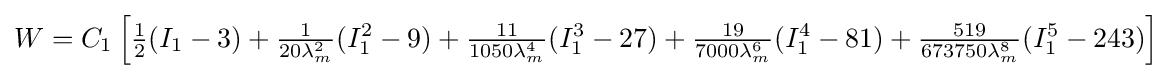
W=C_{1}\left[{\tfrac {1}{2}}(I_{1}-3)+{\tfrac {1}{20\lambda _{m}^{2}}}(I_{1}^{2}-9)+{\tfrac {11}{1050\lambda _{m}^{4}}}(I_{1}^{3}-27)+{\tfrac {19}{7000\lambda _{m}^{6}}}(I_{1}^{4}-81)+{\tfrac {519}{673750\lambda _{m}^{8}}}(I_{1}^{5}-243)\right]